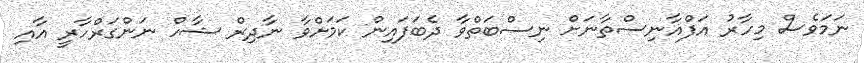
ނަމަވެސް މިހާރު އަފްޣާނިސްތާނަށް ނިސްބަތްވާ ދެބަފައިން ކަމަށްވާ ނާދިރް ޝާހް ނަންގަރްހާރީ އާއި